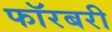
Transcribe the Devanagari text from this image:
फॉरबरी